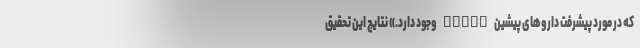
که در مورد پیشرفت داروهای پیشین STING وجود دارد.» نتایج این تحقیق